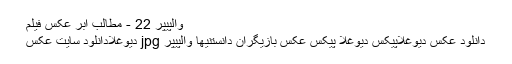
والپیپر 22 - مطالب ابر عکس فیلم
دانلود عکس دیوغلاپیکس دیوغلا پیکس عکس بازیگران دانستنیها والپیپر jpg دیوغلادانلود سایت عکس